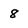
Character: 8